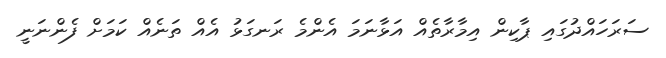
ސަރަހައްދުގައި ޕާކިން އިމާރާތެއް އަޅާނަމަ އެންމެ ރަނގަޅު އެއް ތަނެއް ކަމަށް ފެންނަނީ